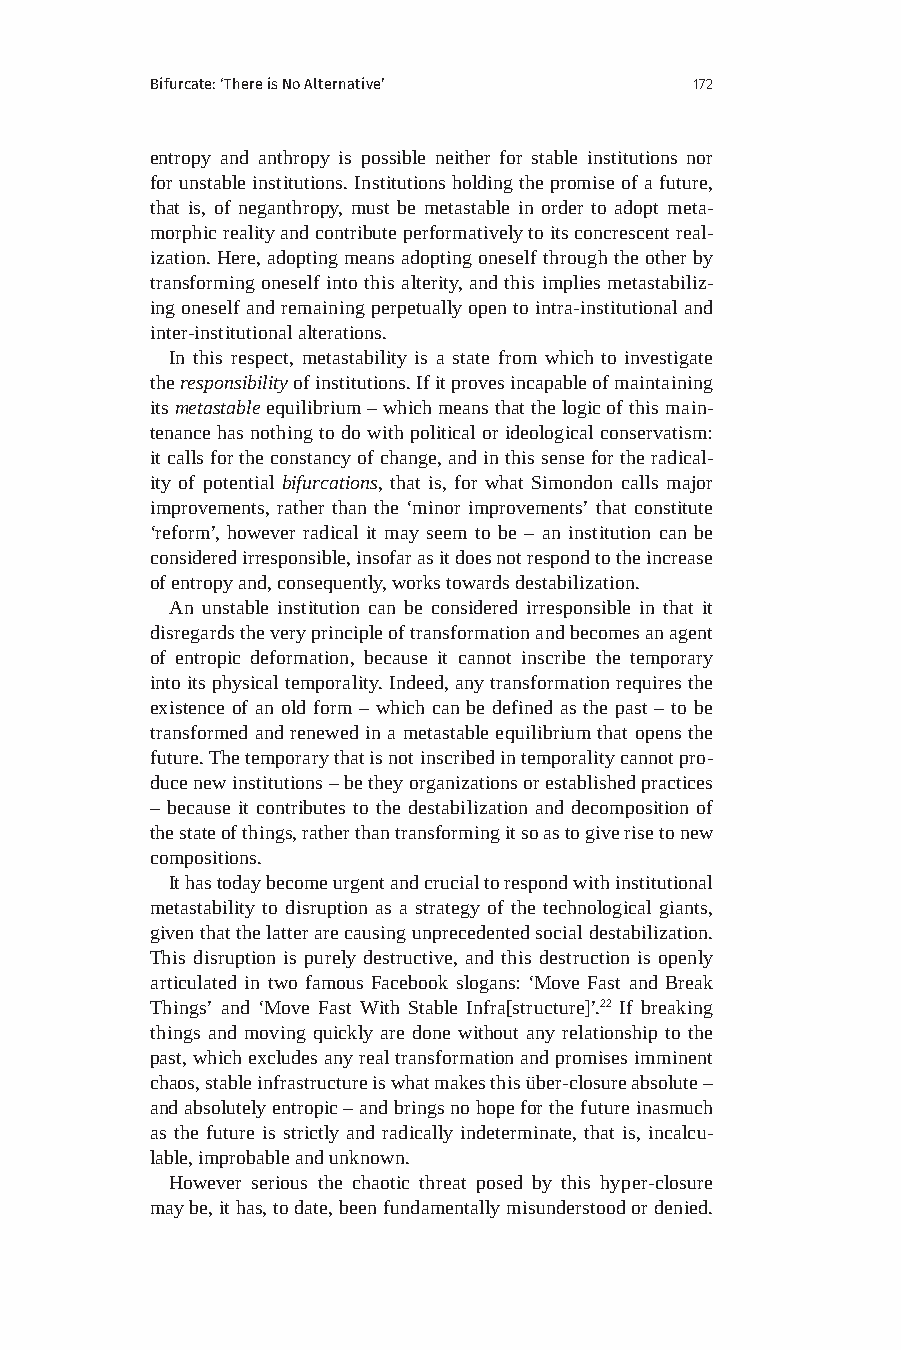
Bifurcate: ‘There is No Alternative’ 172
 entropy and anthropy is possible neither for stable institutions nor
 for unstable institutions. Institutions holding the promise of a future,
 that is, of neganthropy, must be metastable in order to adopt meta-
 morphic reality and contribute performatively to its concrescent real-
 ization. Here, adopting means adopting oneself through the other by
 transforming oneself into this alterity, and this implies metastabiliz-
 ing oneself and remaining perpetually open to intra-institutional and
 inter-institutional alterations.
 In this respect, metastability is a state from which to investigate
 the responsibility of institutions. If it proves incapable of maintaining
 its metastable equilibrium – which means that the logic of this main-
 tenance has nothing to do with political or ideological conservatism:
 it calls for the constancy of change, and in this sense for the radical-
 ity of potential bifurcations, that is, for what Simondon calls major
 improvements, rather than the ‘minor improvements’ that constitute
 ‘reform’, however radical it may seem to be – an institution can be
 considered irresponsible, insofar as it does not respond to the increase
 of entropy and, consequently, works towards destabilization.
 An unstable institution can be considered irresponsible in that it
 disregards the very principle of transformation and becomes an agent
 of entropic deformation, because it cannot inscribe the temporary
 into its physical temporality. Indeed, any transformation requires the
 existence of an old form – which can be defined as the past – to be
 transformed and renewed in a metastable equilibrium that opens the
 future. The temporary that is not inscribed in temporality cannot pro-
 duce new institutions – be they organizations or established practices
 – because it contributes to the destabilization and decomposition of
 the state of things, rather than transforming it so as to give rise to new
 compositions.
 It has today become urgent and crucial to respond with institutional
 metastability to disruption as a strategy of the technological giants,
 given that the latter are causing unprecedented social destabilization.
 This disruption is purely destructive, and this destruction is openly
 articulated in two famous Facebook slogans: ‘Move Fast and Break
 Things’ and ‘Move Fast With Stable Infra[structure]’.22 If breaking
 things and moving quickly are done without any relationship to the
 past, which excludes any real transformation and promises imminent
 chaos, stable infrastructure is what makes this über-closure absolute –
 and absolutely entropic – and brings no hope for the future inasmuch
 as the future is strictly and radically indeterminate, that is, incalcu-
 lable, improbable and unknown.
 However serious the chaotic threat posed by this hyper-closure
 may be, it has, to date, been fundamentally misunderstood or denied.